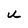
Character: U